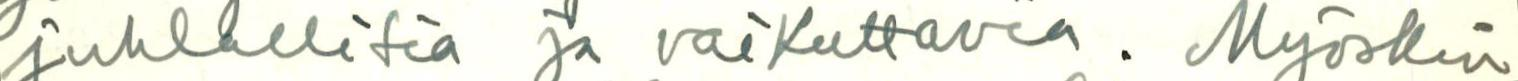
juhlallisia ja vaikuttavia. Myöskin